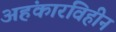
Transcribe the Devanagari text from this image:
अहंकारविहीन